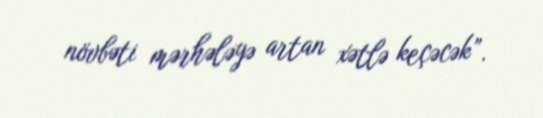
növbəti mərhələyə artan xətlə keçəcək”.